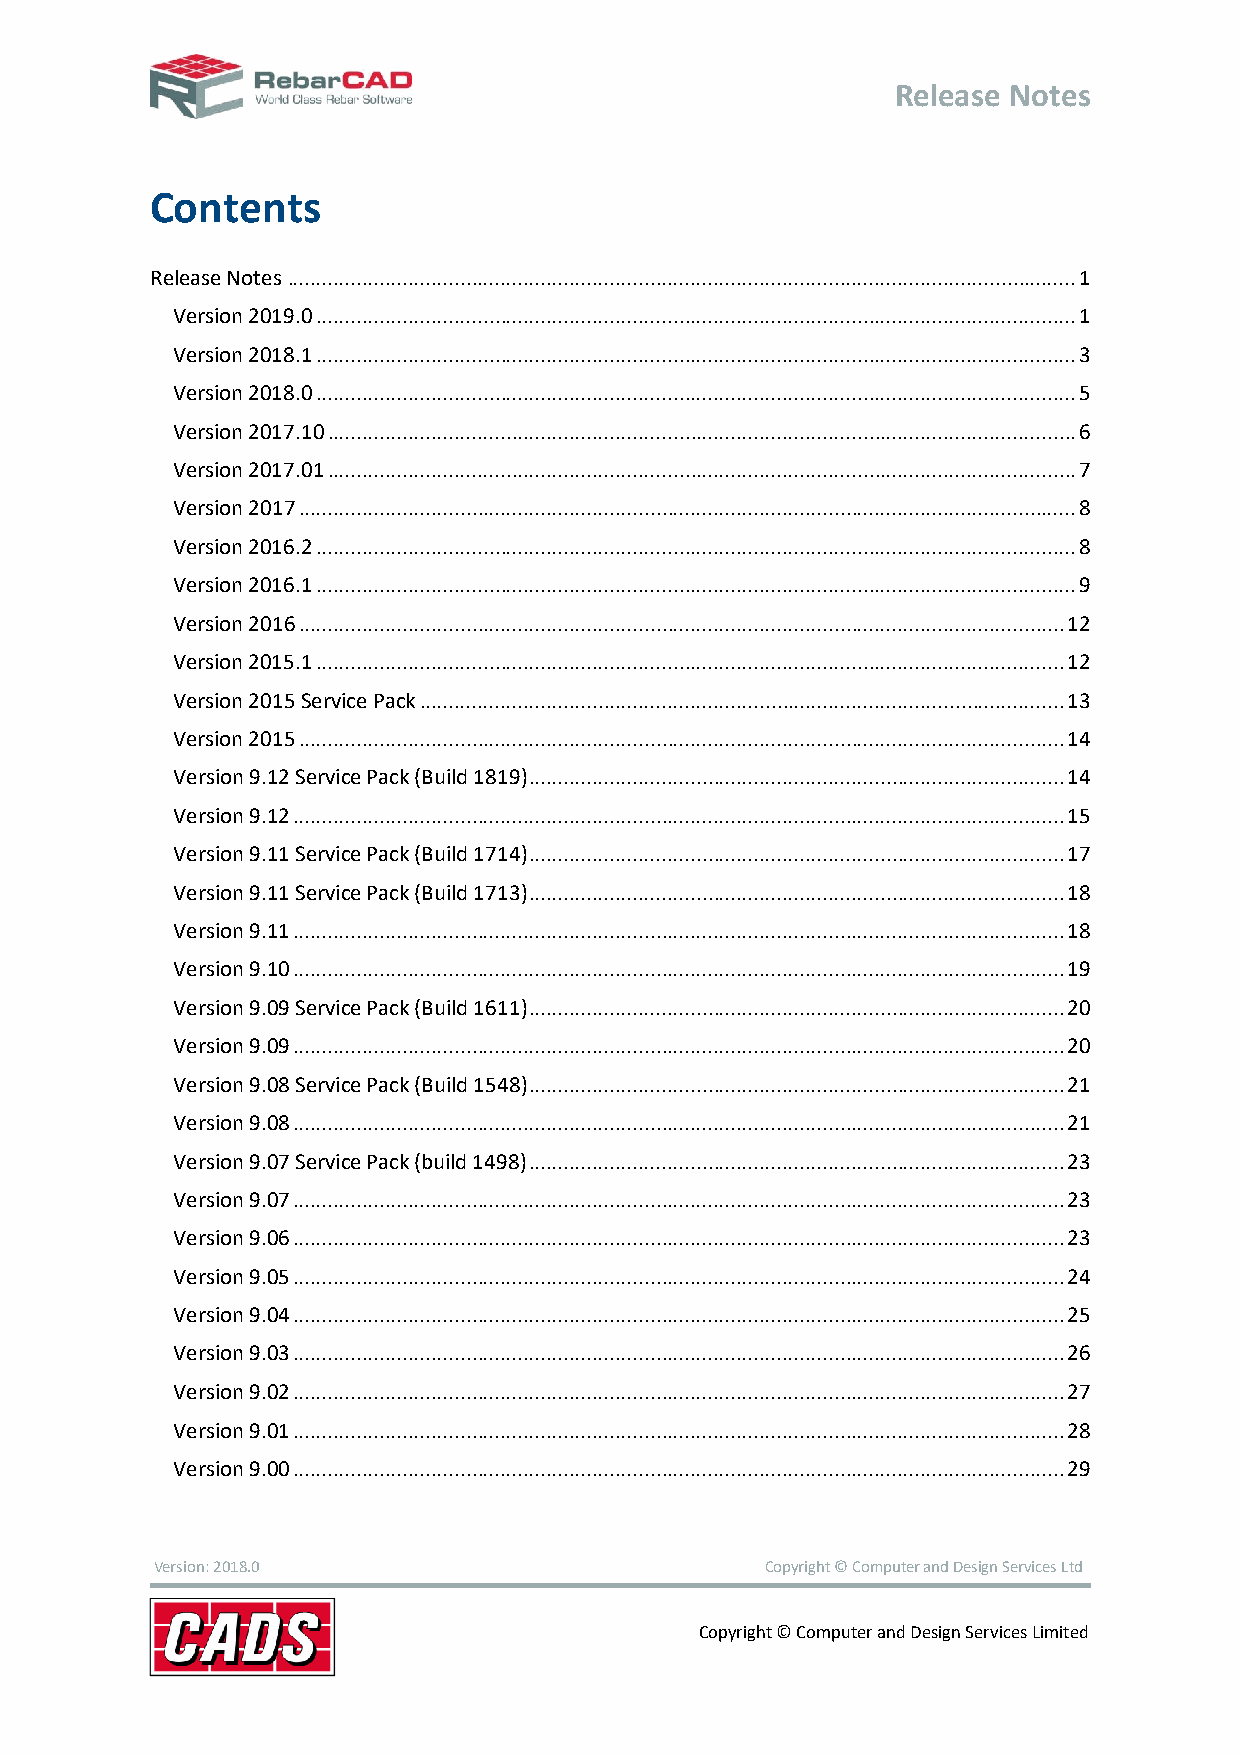
Release Notes
 Contents
 Release Notes ......................................................................................................................................... 1
 Version 2019.0 .................................................................................................................................... 1
 Version 2018.1 .................................................................................................................................... 3
 Version 2018.0 .................................................................................................................................... 5
 Version 2017.10 .................................................................................................................................. 6
 Version 2017.01 .................................................................................................................................. 7
 Version 2017 ....................................................................................................................................... 8
 Version 2016.2 .................................................................................................................................... 8
 Version 2016.1 .................................................................................................................................... 9
 Version 2016 ..................................................................................................................................... 12
 Version 2015.1 .................................................................................................................................. 12
 Version 2015 Service Pack ................................................................................................................ 13
 Version 2015 ..................................................................................................................................... 14
 Version 9.12 Service Pack (Build 1819) ............................................................................................. 14
 Version 9.12 ...................................................................................................................................... 15
 Version 9.11 Service Pack (Build 1714) ............................................................................................. 17
 Version 9.11 Service Pack (Build 1713) ............................................................................................. 18
 Version 9.11 ...................................................................................................................................... 18
 Version 9.10 ...................................................................................................................................... 19
 Version 9.09 Service Pack (Build 1611) ............................................................................................. 20
 Version 9.09 ...................................................................................................................................... 20
 Version 9.08 Service Pack (Build 1548) ............................................................................................. 21
 Version 9.08 ...................................................................................................................................... 21
 Version 9.07 Service Pack (build 1498) ............................................................................................. 23
 Version 9.07 ...................................................................................................................................... 23
 Version 9.06 ...................................................................................................................................... 23
 Version 9.05 ...................................................................................................................................... 24
 Version 9.04 ...................................................................................................................................... 25
 Version 9.03 ...................................................................................................................................... 26
 Version 9.02 ...................................................................................................................................... 27
 Version 9.01 ...................................................................................................................................... 28
 Version 9.00 ...................................................................................................................................... 29
 Version: 2018.0                          Copyright © Computer and Design Services Ltd
 Copyright © Computer and Design Services Limited